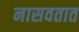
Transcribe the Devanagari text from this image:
नासवतात